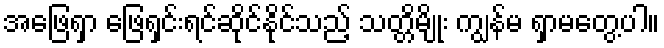
အဖြေရှာ ဖြေရှင်းရင်ဆိုင်နိုင်သည့် သတ္တိမျိုး ကျွန်မ ရှာမတွေ့ပါ။